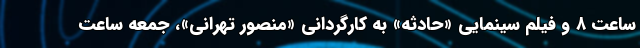
ساعت ۸ و فیلم سینمایی «حادثه» به کارگردانی «منصور تهرانی»، جمعه ساعت